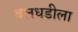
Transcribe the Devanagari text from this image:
बेलधडीला